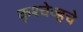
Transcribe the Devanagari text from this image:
कृश्चेव्हचे